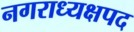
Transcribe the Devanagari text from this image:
नगराध्यक्षपद